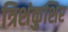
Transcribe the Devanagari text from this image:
त्रिशंकुशिर